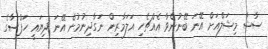
ސާޝާ މިޝަލްއަށް އޭނަ ބޭނުންވާ އެއްޗެހި އަލަމާރިން ނަގާދިނުމުން އޭނަ ދިޔައީ ހަފްސާގެ